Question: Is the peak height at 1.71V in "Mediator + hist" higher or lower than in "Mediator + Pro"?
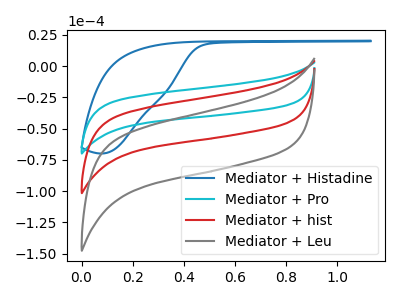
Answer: <think>The blue curve "Mediator + Histadine" has no peaks. The cyan curve "Mediator + Pro" has no peaks. The red curve "Mediator + hist" has no peaks. The gray curve "Mediator + Leu" has no peaks.</think>
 <answer>"Mediator + hist" and "Mediator + Pro" dont share a peak at 1.71V.</answer>
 <eval>mismatch</eval>